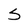
Character: S